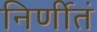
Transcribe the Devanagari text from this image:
निर्णीतं